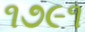
૧૭૯૧